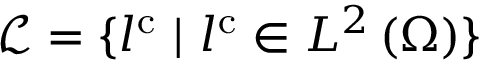
{ \mathcal { L } = \{ l ^ { \mathrm { { c } } } \ | \ l ^ { \mathrm { { c } } } \in { L } ^ { 2 } \left( \Omega \right) \} }